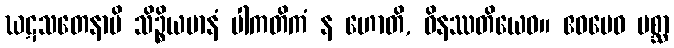
ဃဋသတေနာပိ သိဉ္စိယမာနံ ပါကတိကံ န ဟောတိ, ဝိနဿတိယေဝ။ ဧဝမေဝ ပစ္ဆာ